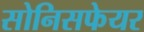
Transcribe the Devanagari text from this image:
सोनिसफेयर